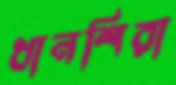
ধানশিরা